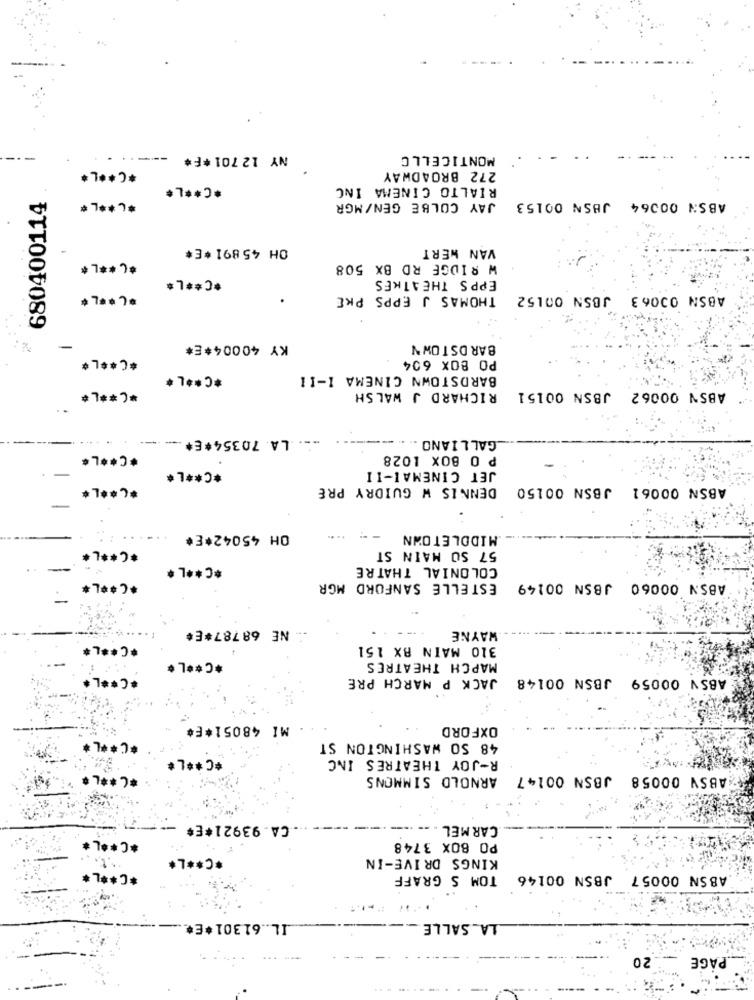
---...
NY 12 701*F#
MONTICELLO
*C ** L*
272 BROADWAY
*C ** L*
RIALTO CINEMA INC
680400114
*C ** L*
JAY COLBE GEN/MGR
ABSN 00064 JBSN 00153
OH 45 891 *E*
VAN HERT
*C ** L *
W RIDGE RD BX 508
*C ** L*
EPPS THEATKES
*C ** L *
THOMAS J EPPS PKE
ABSN 00063 JBSN 00152
-
KY 40004*E#
BARDSTOWN
*C ** L*
PO BOX 604
*C ** L*
BARDSTOWN CINEMA 1-11
*C ** L*
RICHARD J WALSH
ABSN 00062 JBSN 00151
LA 70354*E+
--
_GALLIANO
*C ** L*
P O BOX 1028
JET CINEMAI-II
*C ** L*
*C ** L*
DENNIS W GUIDRY PRE
ABSN 00061 JBSN 00150
OH 45042*E*
MIDDLETOWN
57 SO MAIN ST
*C ** L*
*C ** L *
COLONIAL THATRE
*C ** L*
ESTELLE SANFORD MGR
ABSN 00060 JBSN 00149
NE 68787*E#
WAYNE
*C ** L*
310 MAIN BX 151
*C ** L*
MAPCH THEATRES
*C ** L*
JACK P MARCH PRE
ABSV 00059 JBSN 00148
MI 48051*E#
OXFORD
*C ***
48 SO WASHINGTON ST
*C ** L*
R-JOY THEATRES INC
*C ** L
ARNOLD SIMMONS
ABSY 00058 JBSN 00147
. CA. 93921*E*
CARMEL
*C
PO BOX 3748
*C ** L*
KINGS DRIVE-IN
** L
TOM S GRAFF
ABSN 00057 JBSN 00146
IL .. 61301*E*
LA SALLE
20
.. PAGE
-----